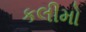
કલીમો